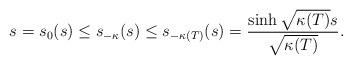
LaTeX: \begin{align*}s=s_0(s)\leq s_{-\kappa}(s)\leq s_{-\kappa(T)}(s)=\frac{\sinh \sqrt{\kappa(T)}s}{\sqrt{\kappa(T)}}. \end{align*}